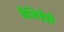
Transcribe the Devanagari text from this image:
वैशिष्टेही